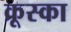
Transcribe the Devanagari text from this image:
क्रूस्का